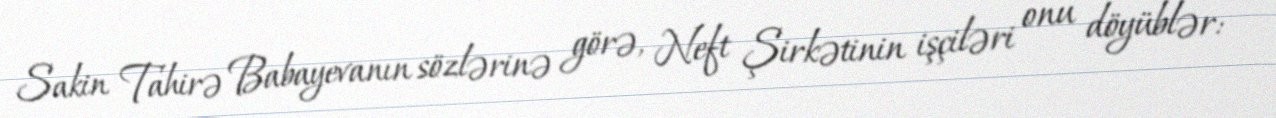
Sakin Tahirə Babayevanın sözlərinə görə, Neft Şirkətinin işçiləri onu döyüblər: